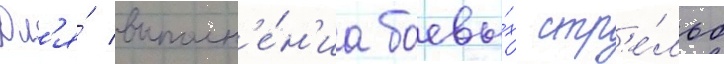
Дл'я́ выполн'е́н'иа боевы́х стр'е́льб